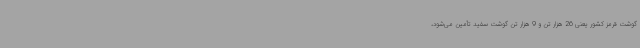
گوشت قرمز کشور یعنی 26 هزار تن و 9 هزار تن گوشت سفید تأمین می‌شود،